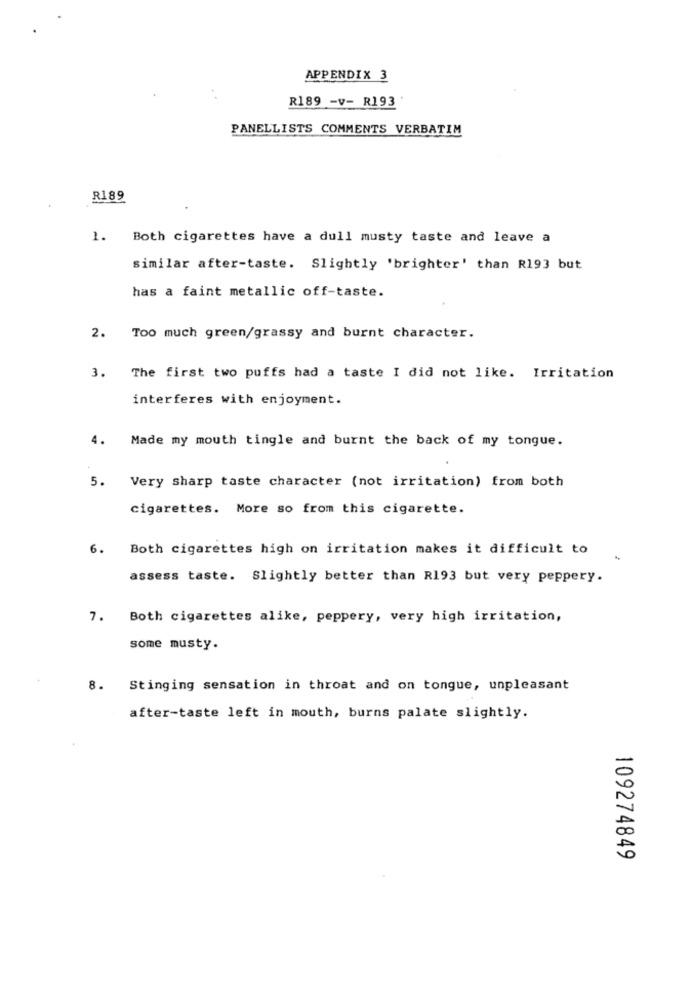
APPENDIX 3
R189 -v- R193
PANELLISTS COMMENTS VERBATIM
R189
1. Both cigarettes have a dull musty taste and leave a
similar after-taste. Slightly 'brighter' than R193 but
has a faint metallic off-taste.
2. Too much green/grassy and burnt character.
3. The first two puffs had a taste I did not like. Irritation
interferes with enjoyment.
4. Made my mouth tingle and burnt the back of my tongue.
Very sharp taste character (not irritation) from both
5.
cigarettes. More so from this cigarette.
6. Both cigarettes high on irritation makes it difficult to
assess taste. Slightly better than R193 but very peppery.
7. Both cigarettes alike, peppery, very high irritation,
some musty.
8. Stinging sensation in throat and on tongue, unpleasant
after-taste left in mouth, burns palate slightly.
109274849